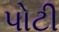
પોટી